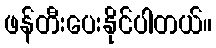
ဖန်တီးပေးနိုင်ပါတယ်။